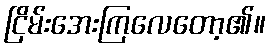
ငြိမ်းအေးကြလေတော့၏။